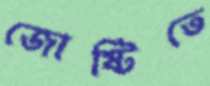
জোষ্টিতে